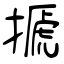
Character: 搋